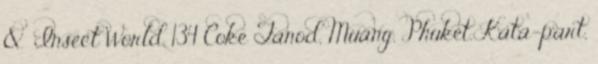
& Insect World. 134 Coke Tanod, Muang, Phuket, Kata-part,